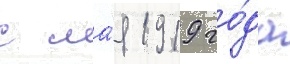
с ма́я 1919 го́да